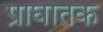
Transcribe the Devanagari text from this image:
प्राघातक